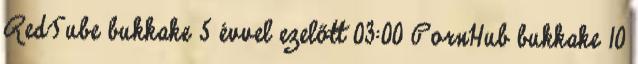
RedTube bukkake 5 évvel ezelőtt 03:00 PornHub bukkake 10